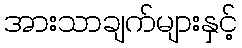
အားသာချက်များနှင့်